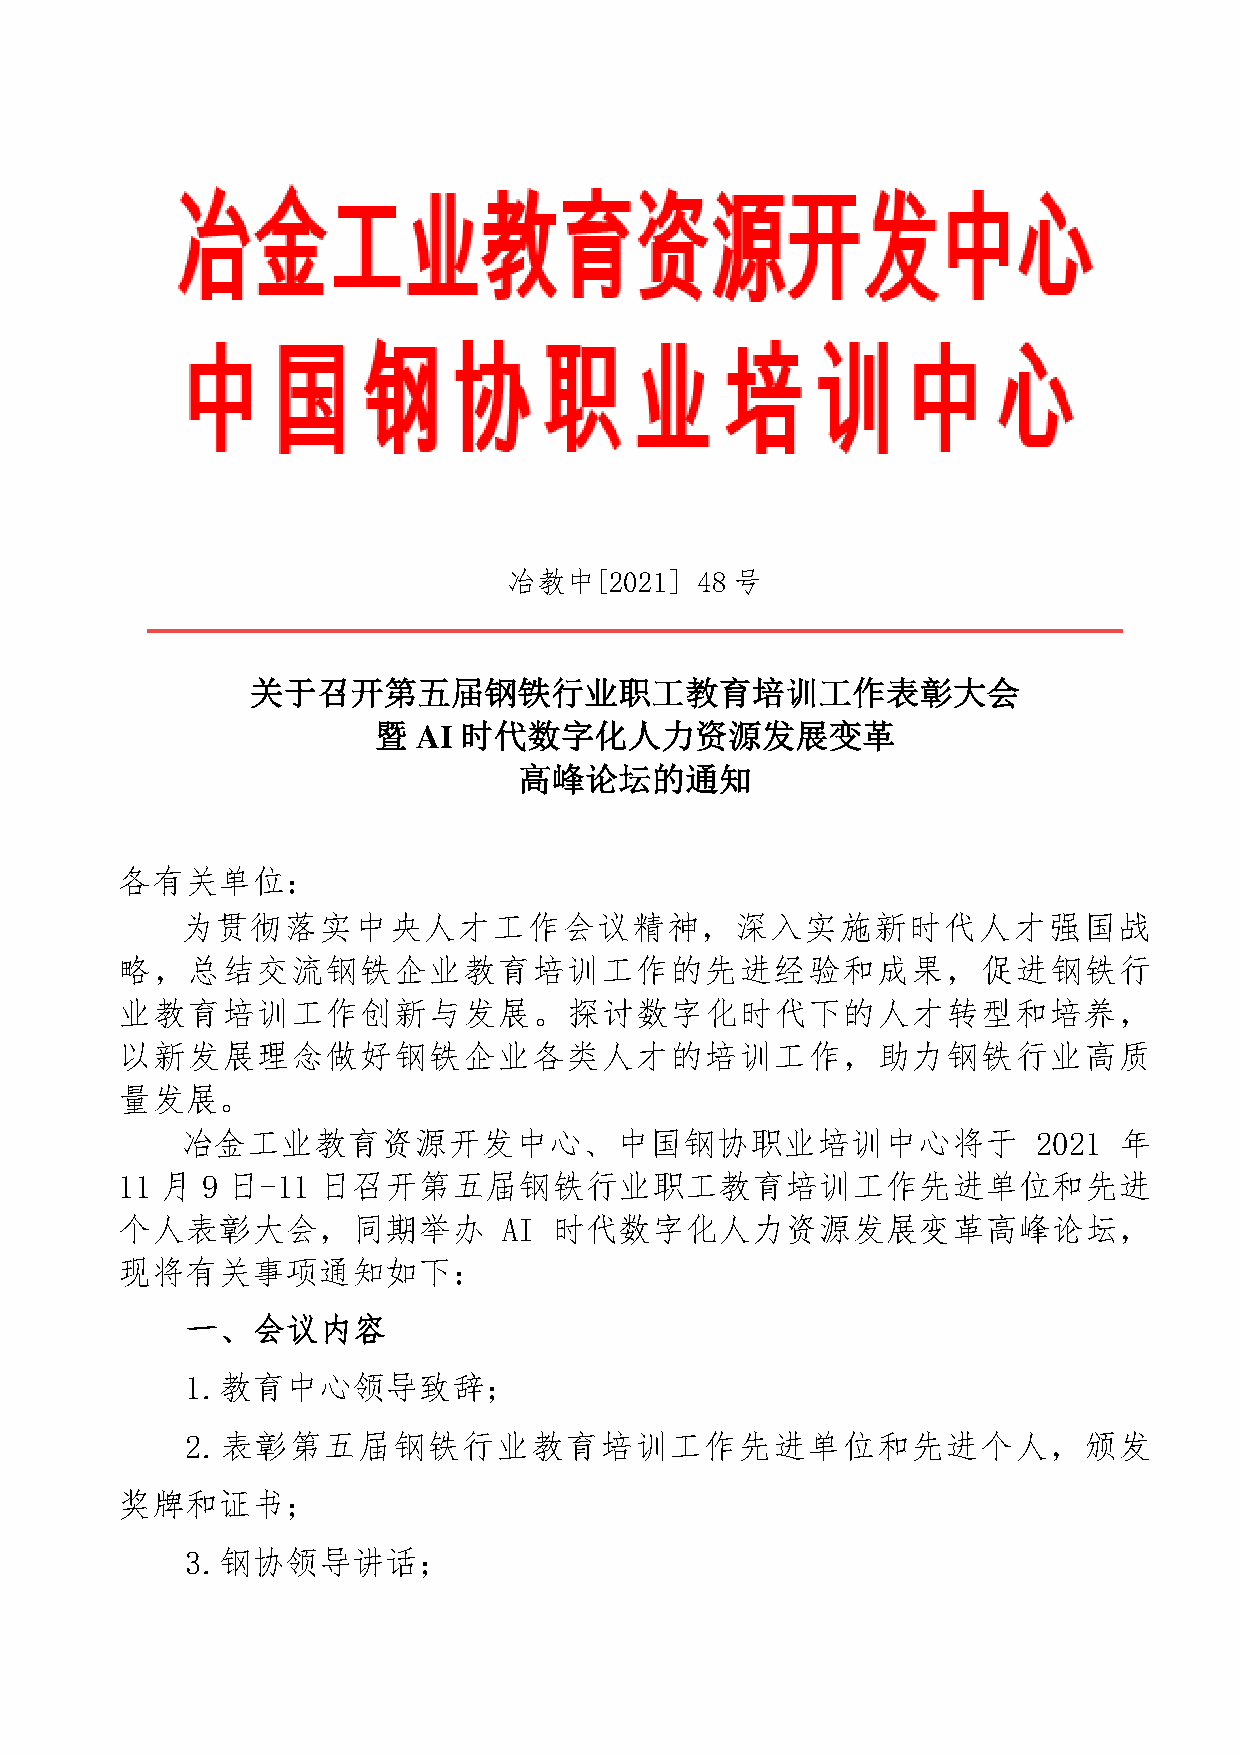
冶教中[2021]48    号
 冶教中[2021]   48 号
 关于召开第五届钢铁行业职工教育培训工作表彰大会
 暨  AI 时代数字化人力资源发展变革
 高峰论坛的通知
 各有关单位：
 为贯彻落实中央人才工作会议精神，深入实施新时代人才强国战
 略，总结交流钢铁企业教育培训工作的先进经验和成果，促进钢铁行
 业教育培训工作创新与发展。探讨数字化时代下的人才转型和培养，
 以新发展理念做好钢铁企业各类人才的培训工作，助力钢铁行业高质
 量发展。
 冶金工业教育资源开发中心、中国钢协职业培训中心将于                                2021 年
 11 月 9 日-11  日召开第五届钢铁行业职工教育培训工作先进单位和先进
 个人表彰大会，同期举办              AI  时代数字化人力资源发展变革高峰论坛，
 现将有关事项通知如下：
 一、会议内容
 1.教育中心领导致辞；
 2.表彰第五届钢铁行业教育培训工作先进单位和先进个人，颁发
 奖牌和证书；
 3.钢协领导讲话；